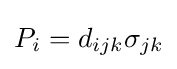
P_{i}=d_{ijk}\sigma _{jk}